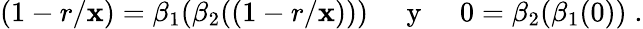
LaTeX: (1-r/\mathbf{x})=\beta_{1}(\beta_{2}((1-r/\mathbf{x})))\; \; \; \; {\mathrm{{~y~}}}\; \; \; \; 0=\beta_{2}(\beta_{1}(0))\; .